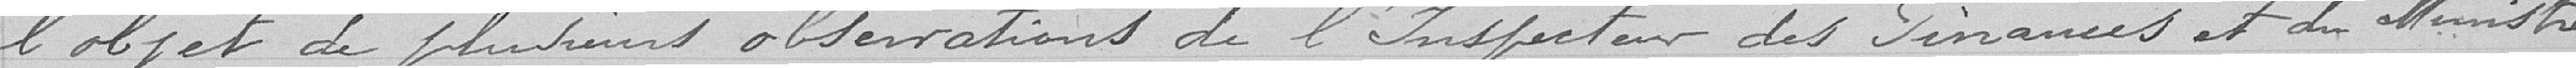
l'objet de plusieurs observations de l'Inspecteur des Finances et du Ministre